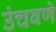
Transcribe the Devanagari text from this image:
उंचवणे